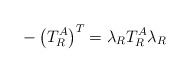
\begin{align*}-\left( T_R^A \right)^T=\lambda_R T_R^A \lambda_R\end{align*}